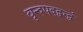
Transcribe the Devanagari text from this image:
वृन्दपदद्वन्द्वं